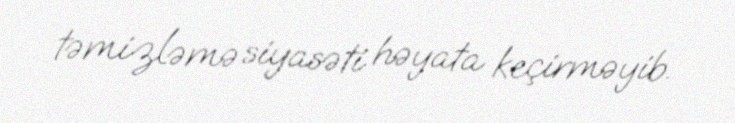
təmizləmə siyasəti həyata keçirməyib.